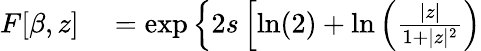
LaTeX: \begin{array}{rl}{F[\beta,z]}&{{}=\exp\left\{ 2s\left[\ln(2)+\ln\left(\frac{|z|}{1+|z|^{2}}\right)\right.\right.}\end{array}